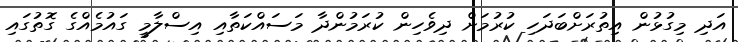
އަދި މިގުޅުން އިތުރަށްބަދަހި ކުރުމަށް ދިވެހިން ކުރަމުންދާ މަސައްކަތާއި އިސްލާމީ ގައުމެއްގެ ގޮތުގައި